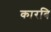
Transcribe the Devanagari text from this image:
कारबि